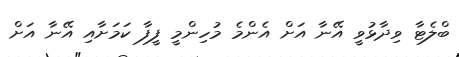
ބްލެޓާ ވިދާޅުވީ އޭނާ އަށް އެންމެ މުހިންމީ ފީފާ ކަމަށާއި އޭނާ އަށް